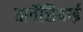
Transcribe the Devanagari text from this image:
तार्तेसियाई